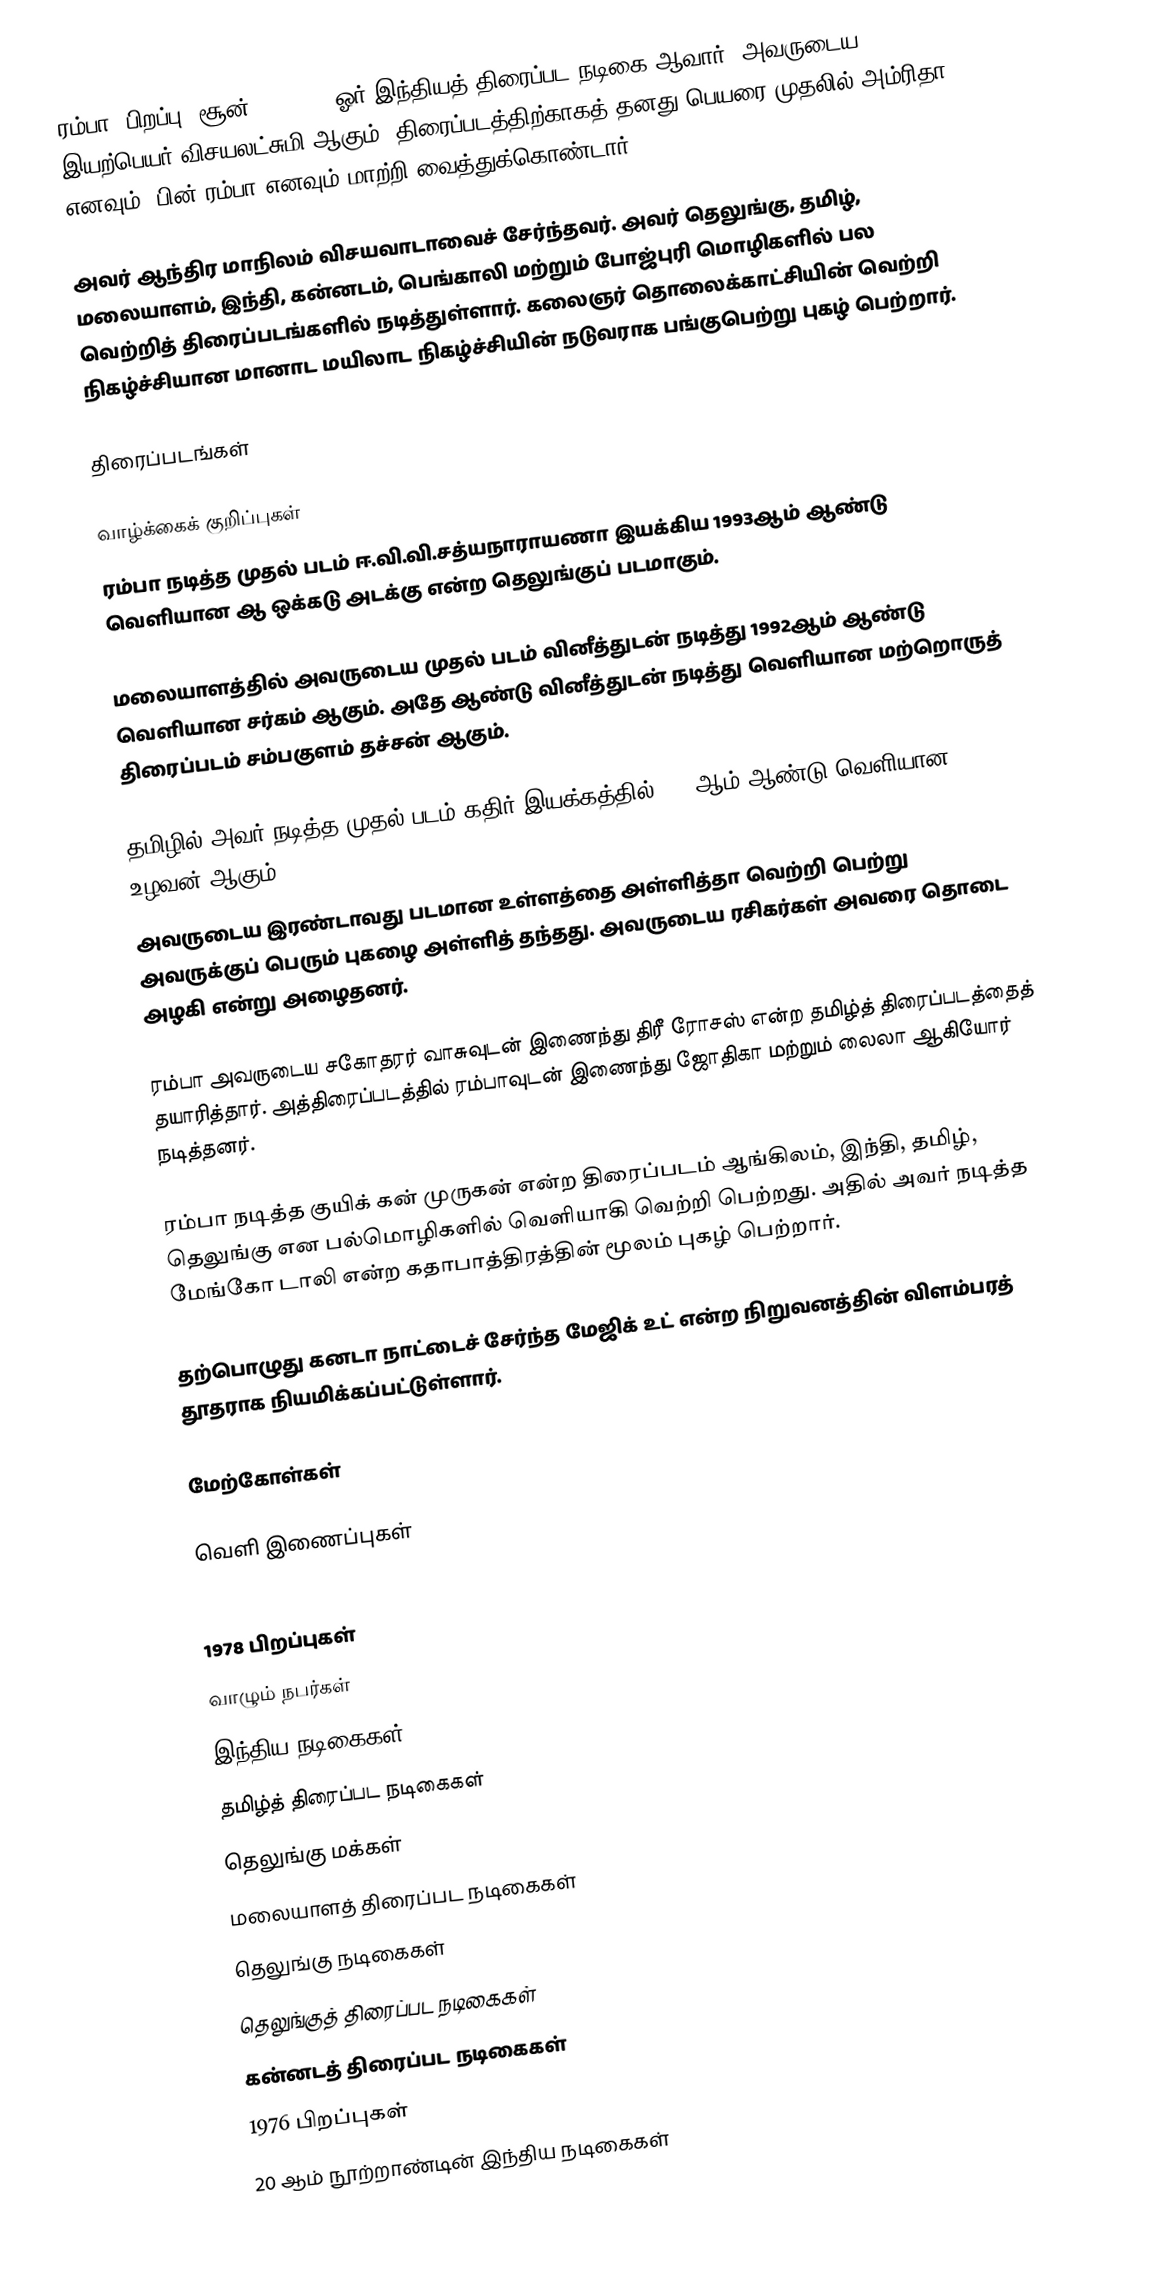
ரம்பா (பிறப்பு: சூன் 5, 1974) ஓர் இந்தியத் திரைப்பட நடிகை ஆவார். அவருடைய இயற்பெயர் விசயலட்சுமி ஆகும். திரைப்படத்திற்காகத் தனது பெயரை முதலில் அம்ரிதா எனவும், பின் ரம்பா எனவும் மாற்றி வைத்துக்கொண்டார்.

அவர் ஆந்திர மாநிலம் விசயவாடாவைச் சேர்ந்தவர். அவர் தெலுங்கு, தமிழ், மலையாளம், இந்தி, கன்னடம், பெங்காலி மற்றும் போஜ்புரி மொழிகளில் பல வெற்றித் திரைப்படங்களில் நடித்துள்ளார். கலைஞர் தொலைக்காட்சியின் வெற்றி நிகழ்ச்சியான மானாட மயிலாட நிகழ்ச்சியின் நடுவராக பங்குபெற்று புகழ் பெற்றார்.

திரைப்படங்கள்

வாழ்க்கைக் குறிப்புகள்
ரம்பா நடித்த முதல் படம் ஈ.வி.வி.சத்யநாராயணா இயக்கிய 1993ஆம் ஆண்டு வெளியான ஆ ஒக்கடு அடக்கு என்ற தெலுங்குப் படமாகும்.

மலையாளத்தில் அவருடைய முதல் படம் வினீத்துடன் நடித்து 1992ஆம் ஆண்டு வெளியான சர்கம் ஆகும். அதே ஆண்டு வினீத்துடன் நடித்து வெளியான மற்றொருத் திரைப்படம் சம்பகுளம் தச்சன் ஆகும்.

தமிழில் அவர் நடித்த முதல் படம் கதிர் இயக்கத்தில் 1993ஆம் ஆண்டு வெளியான உழவன் ஆகும்.
அவருடைய இரண்டாவது படமான உள்ளத்தை அள்ளித்தா வெற்றி பெற்று அவருக்குப் பெரும் புகழை அள்ளித் தந்தது. அவருடைய ரசிகர்கள் அவரை தொடை அழகி என்று அழைதனர்.

ரம்பா அவருடைய சகோதரர் வாசுவுடன் இணைந்து திரீ ரோசஸ் என்ற தமிழ்த் திரைப்படத்தைத் தயாரித்தார். அத்திரைப்படத்தில் ரம்பாவுடன் இணைந்து ஜோதிகா மற்றும் லைலா ஆகியோர் நடித்தனர்.

ரம்பா நடித்த குயிக் கன் முருகன் என்ற திரைப்படம் ஆங்கிலம், இந்தி, தமிழ், தெலுங்கு என பல்மொழிகளில் வெளியாகி வெற்றி பெற்றது. அதில் அவர் நடித்த மேங்கோ டாலி என்ற கதாபாத்திரத்தின் மூலம் புகழ் பெற்றார்.

தற்பொழுது கனடா நாட்டைச் சேர்ந்த மேஜிக் உட் என்ற நிறுவனத்தின் விளம்பரத் தூதராக நியமிக்கப்பட்டுள்ளார்.

மேற்கோள்கள்

வெளி இணைப்புகள்

1978 பிறப்புகள்
வாழும் நபர்கள்
இந்திய நடிகைகள்
தமிழ்த் திரைப்பட நடிகைகள்
தெலுங்கு மக்கள்
மலையாளத் திரைப்பட நடிகைகள்
தெலுங்கு நடிகைகள்
தெலுங்குத் திரைப்பட நடிகைகள்
கன்னடத் திரைப்பட நடிகைகள்
1976 பிறப்புகள்
20 ஆம் நூற்றாண்டின் இந்திய நடிகைகள்